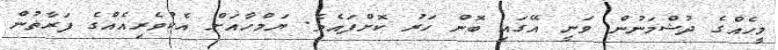
މީހެއްގެ ދުޝްމަނުން ވަނީ އޭގައި ބޮން ހަރު ކޮށްފައެވެ. ޔަމްހާއަށް އެކުވެރިއެއްގެ ފަރާތުން